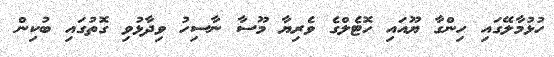
ހުޅުމާލޭގައި ހިންގާ ޔޫއައި ހޮޓެލްގެ ވެރިޔާ މޫސާ ނާސިހު ވިދާޅުވި ގޮތުގައި ބުކިން